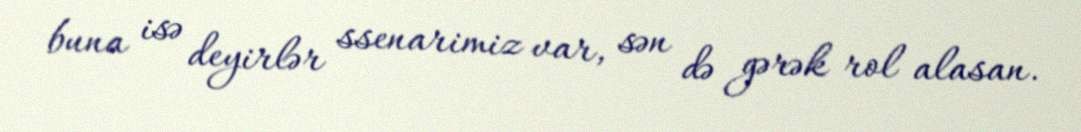
buna isə deyirlər ssenarimiz var, sən də gərək rol alasan.